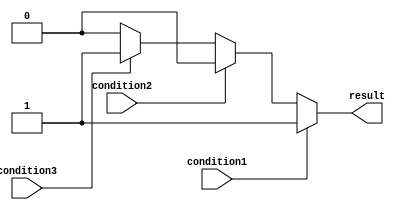
module if_else_ladder (
  input wire condition1,
  input wire condition2,
  input wire condition3,
  output reg result
);

always @* begin
  if (condition1) begin
    result = 1;
  end
  else if (condition2) begin
    result = 2;
  end
  else if (condition3) begin
    result = 3;
  end
  else begin
    result = 0;
  end
end

endmodule